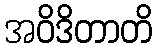
အဝိဒိတာတိ